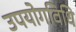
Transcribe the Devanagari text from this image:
उपयोगविधि